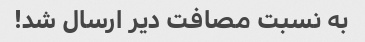
به نسبت مصافت دیر ارسال شد!